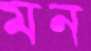
মন